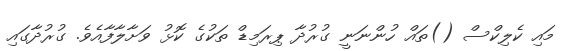
މައި ކެލިކްސް ()ތައް ހުންނަނީ ގުރުދާ ޕިރަމިޑް ތަކުގެ ކޮޅު ވަށާލާފާއެވެ. ގުރުދާގައި